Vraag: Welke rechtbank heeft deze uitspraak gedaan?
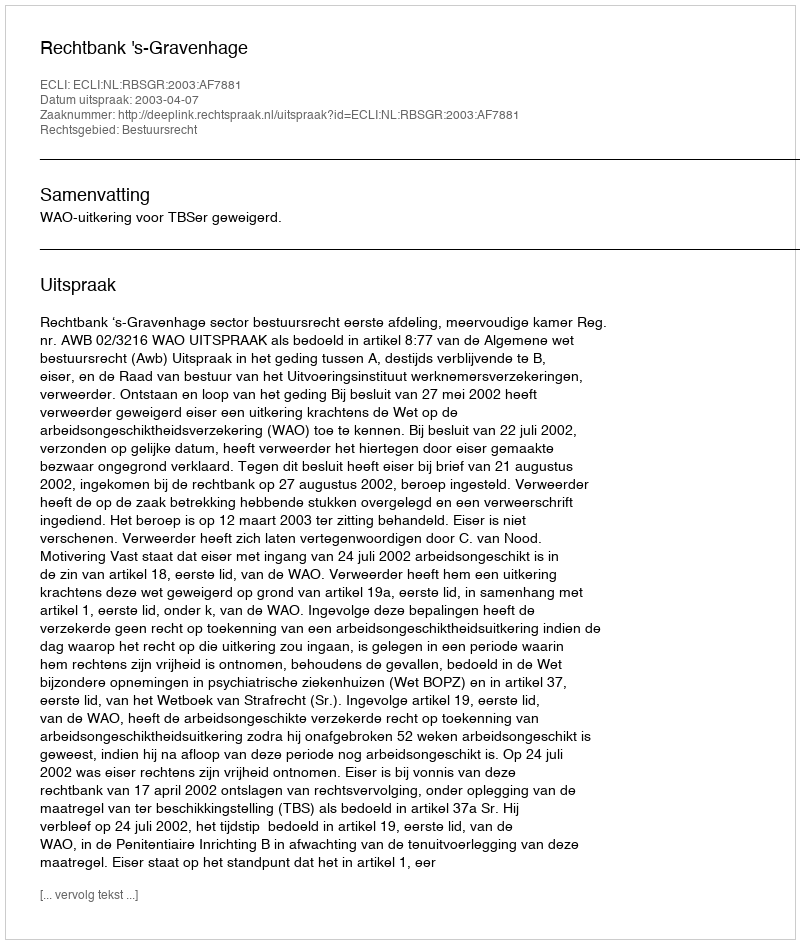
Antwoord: Rechtbank 's-Gravenhage